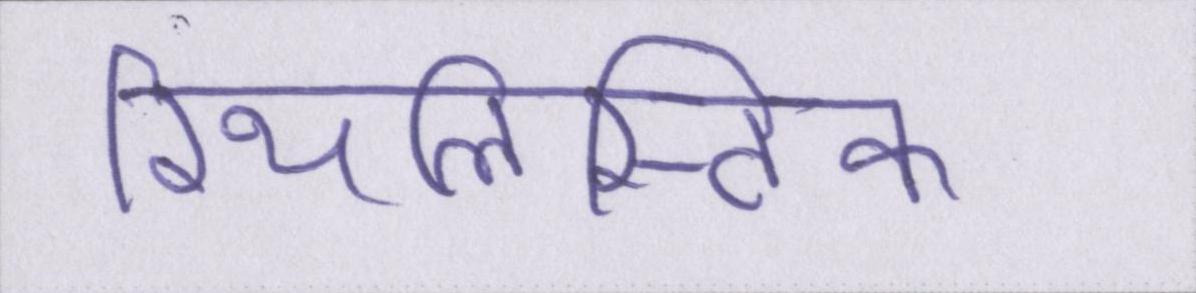
रियलिस्टिक